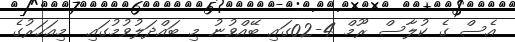
އެސް ގެ ކުލާސް ރޫމް 4-02ގައި ބޭއްވުނު މި ބައްދަލުވުމުގައި  މިއަހަރުގެ